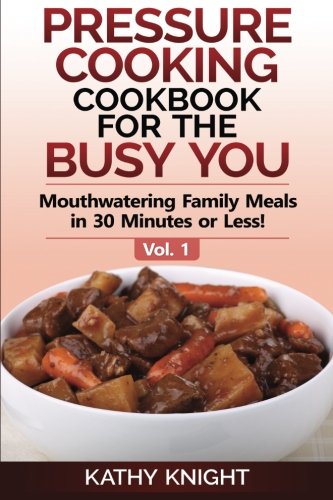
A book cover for Pressure Cooking Cookbook For The Busy You: Mouthwatering Family Meals in 30 Minutes or Less! (Pressure Cooker Cookbook) (Volume 1); Kathy Knight; Cookbooks, Food & Wine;